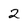
Character: 2